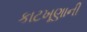
કાટખૂણાની